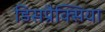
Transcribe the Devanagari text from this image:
डिसप्रैक्सिया